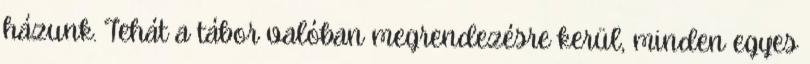
házunk. Tehát a tábor valóban megrendezésre kerül, minden egyes